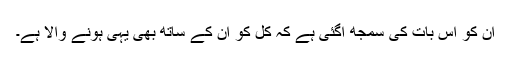
ان کو اس بات کی سمجھ آگئی ہے کہ کل کو ان کے ساتھ بھی یہی ہونے والا ہے۔